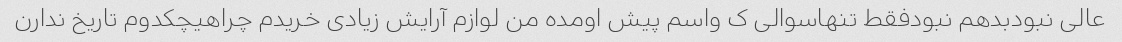
عالی نبودبدهم نبودفقط تنهاسوالی ک واسم پیش اومده من لوازم آرایش زیادی خریدم چراهیچکدوم تاریخ ندارن